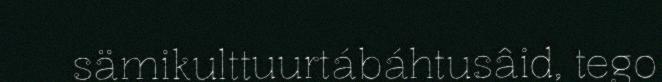
sämikulttuurtábáhtusâid, tego